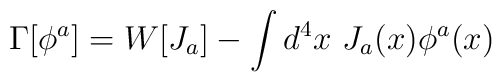
\Gamma [\phi^a]=W[J_a]-\int d^4x~J_a(x)\phi^a (x)